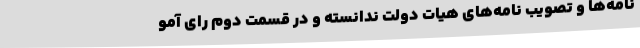
‌نامه‌ها و تصویب نامه‌های هیات دولت ندانسته و در قسمت دوم رای آمو